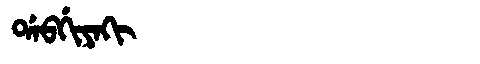
Manchu: ᡩᠠᠪᡤᡳᠶᠠᡴᡳ
Romanization: DABGIYAKI